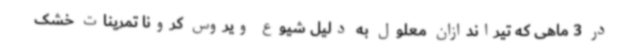
در 3 ماهی که تیراندازان معلول به دلیل شیوع ویروس کرونا تمرینات خشک